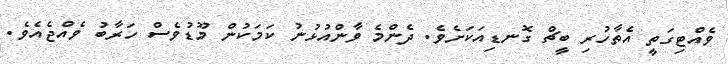
ވެއްޓިގަތީ އެތާހުރި ބީޗް ގޮނޑިއަކަށެވެ. ދެންމެ ވާންއުޅުނު ކަމަކުން މޫޑުވެސް ހަރާބު ވެއްޖެއެވެ.